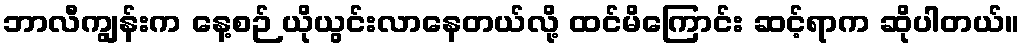
ဘာလီကျွန်းက နေ့စဉ် ယိုယွင်းလာနေတယ်လို့ ထင်မိကြောင်း ဆင့်ရာက ဆိုပါတယ်။